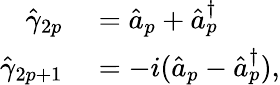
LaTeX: \begin{array}{rl}{\hat{\gamma}_{2p}}&{{}=\hat{a}_{p}+\hat{a}_{p}^{\dagger}}\\ {\hat{\gamma}_{2p+1}}&{{}=-i(\hat{a}_{p}-\hat{a}_{p}^{\dagger}),}\end{array}